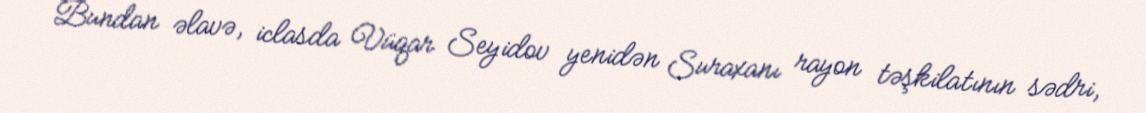
Bundan əlavə, iclasda Vüqar Seyidov yenidən Suraxanı rayon təşkilatının sədri,